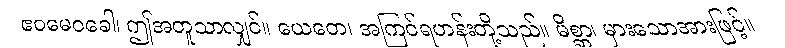
ဧဝမေဝခေါ၊ ဤအတူသာလျှင်။ ယေတေ၊ အကြင်ရဟန်းတို့သည်။ မိစ္ဆာ၊ မှားသောအားဖြင့်။